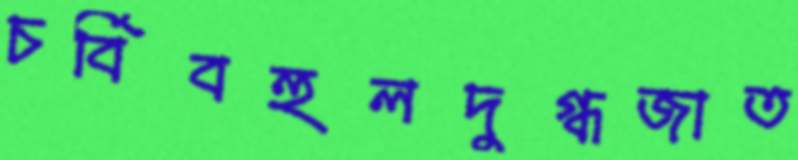
চর্বিবহুলদুগ্ধজাত